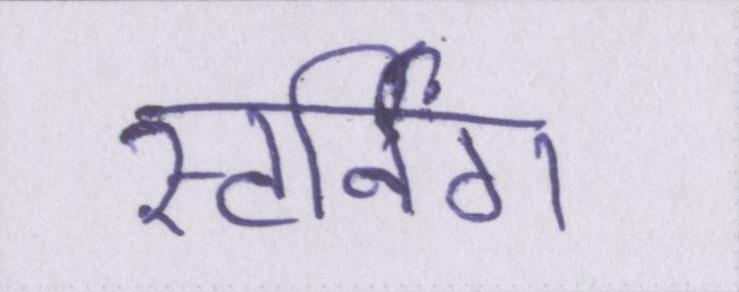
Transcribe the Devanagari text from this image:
स्टर्निंग